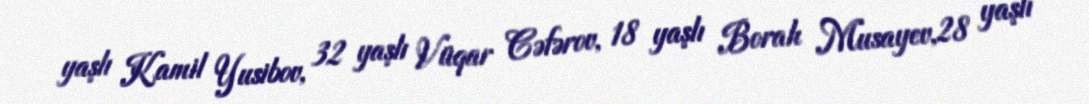
yaşlı Kamil Yusibov, 32 yaşlı Vüqar Cəfərov, 18 yaşlı Borah Musayev,28 yaşlı